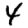
Digit: 4